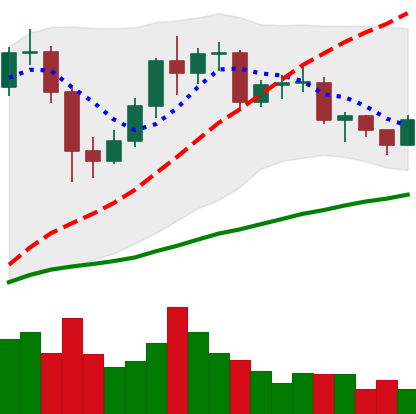
Ticker: LTC-USD
Chart end date: 2020-12-12
Forward return: 31.617%
Label: up_7plus